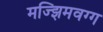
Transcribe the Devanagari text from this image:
मज्झिमवग्ग